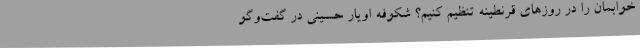
خوابمان را در روزهای قرنطینه تنظیم کنیم؟ شکوفه اویار حسینی در گفت‌وگو